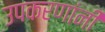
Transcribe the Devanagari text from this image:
उपकरणांनी